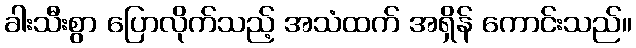
ခါးသီးစွာ ပြောလိုက်သည့် အသံထက် အရှိန် ကောင်းသည်။